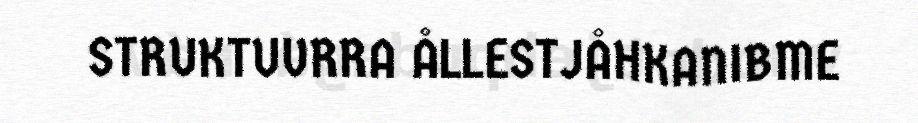
STRUKTUVRRA ÅLLESTJÅHKANIBME